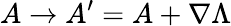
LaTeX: A\to A^{\prime}=A+\nabla\Lambda